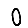
Digit: 0